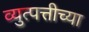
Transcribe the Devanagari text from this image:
व्युत्पत्तीच्या